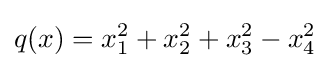
q(x)=x_{1}^{2}+x_{2}^{2}+x_{3}^{2}-x_{4}^{2}